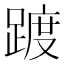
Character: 踱